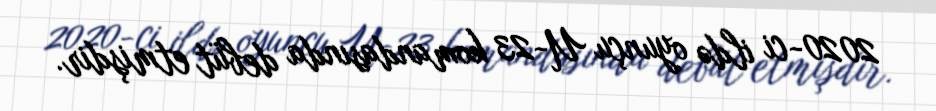
2020-ci ildə oyunçu U-23 komandasında debüt etmişdir.